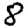
Digit: 8